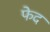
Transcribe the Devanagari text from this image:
फेद